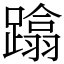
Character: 蹹